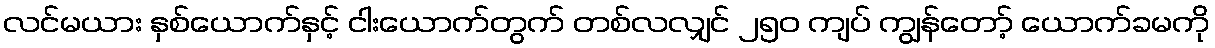
လင်မယား နှစ်ယောက်နှင့် ငါးယောက်တွက် တစ်လလျှင် ၂၅၀ ကျပ် ကျွန်တော့် ယောက်ခမကို